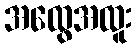
အထွေအထူး